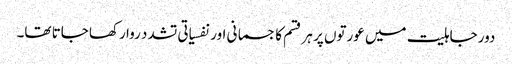
دور جاہلیت میں عورتوں پر ہر قسم کا جسمانی اور نفسیاتی تشدد روا رکھا جاتا تھا۔